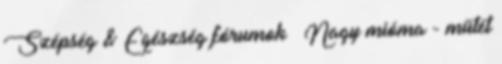
Szépség & Egészség fórumok » Nagy mióma - műtét